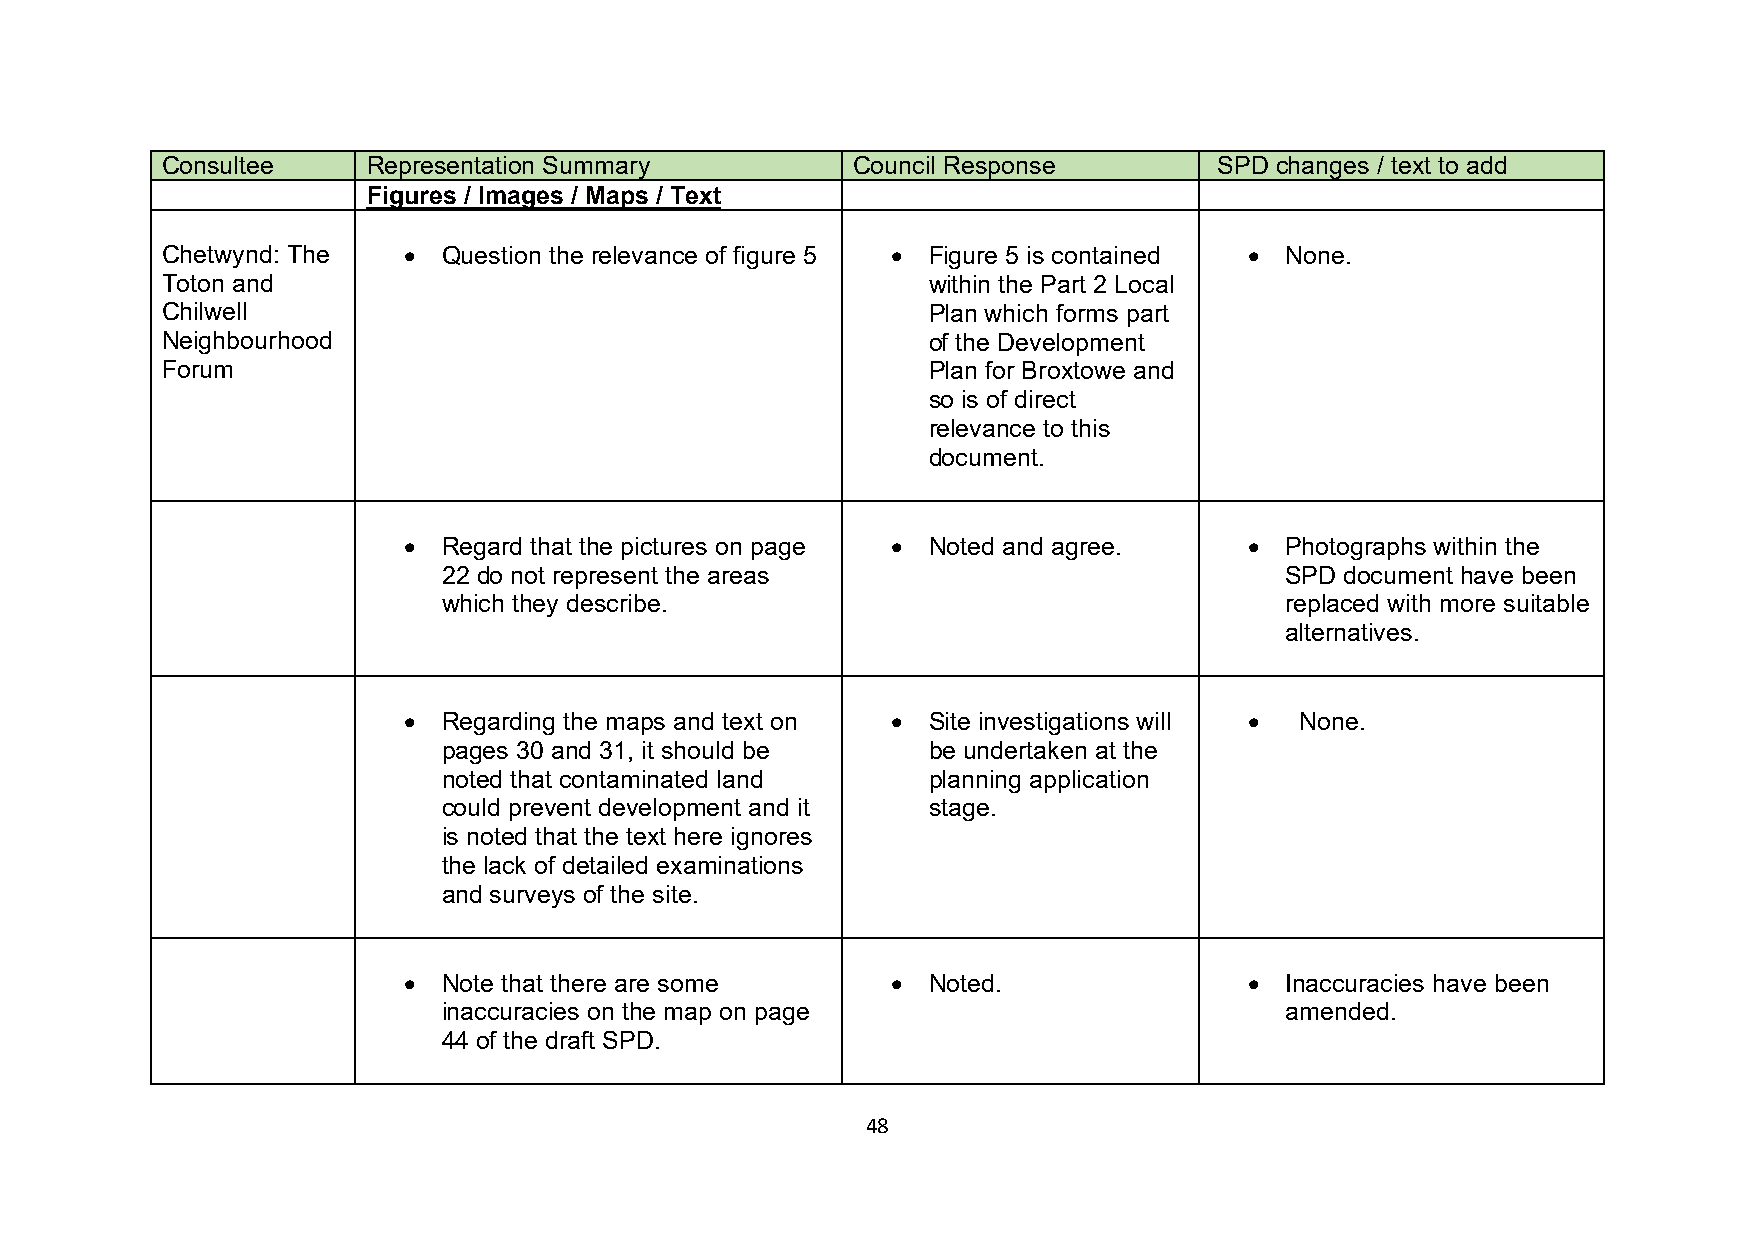
Consultee    Representation Summary          Council Response         SPD changes / text to add
 Figures / Images / Maps / Text
 Chetwynd: The   • Question the relevance of figure 5 • Figure 5 is contained • None.
 Toton and                                         within the Part 2 Local
 Chilwell                                          Plan which forms part
 Neighbourhood                                     of the Development
 Forum                                             Plan for Broxtowe and
 so is of direct
 relevance to this
 document.
 • Regard that the pictures on page • Noted and agree.   • Photographs within the
 22 do not represent the areas                           SPD document have been
 which they describe.                                    replaced with more suitable
 alternatives.
 • Regarding the maps and text on • Site investigations will • None.
 pages 30 and 31, it should be   be undertaken at the
 noted that contaminated land    planning application
 could prevent development and it stage.
 is noted that the text here ignores
 the lack of detailed examinations
 and surveys of the site.
 • Note that there are some      • Noted.                • Inaccuracies have been
 inaccuracies on the map on page                         amended.
 44 of the draft SPD.
 48